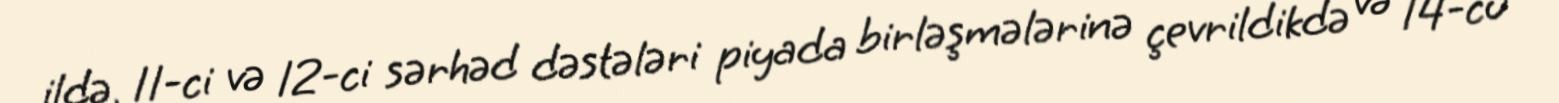
ildə, 11-ci və 12-ci sərhəd dəstələri piyada birləşmələrinə çevrildikdə və 14-cü